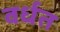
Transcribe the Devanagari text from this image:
वर्धत